Lunatic asylums Punjab 1881-1894 - 1881-1894
Year: 1881
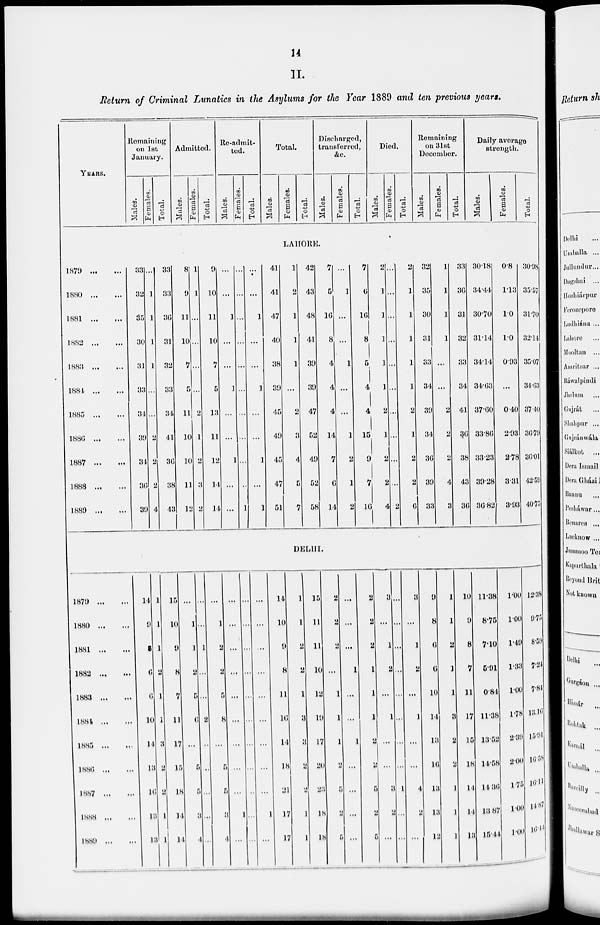
14
II.
Return of Criminal Lunatics in the Asylums for the Year 1889 and ten previous years.
YEARS.
Remaining
on 1st
January.
Males.
Females.
Total.
Admitted.
Males.
Females.
Total.
Re-admit-
ted.
Males.
Females.
Total.
Total.
Males.
Females.
Total.
Discharged,
transferred,
&c.
Males.
Females.
Total.
Died.
Males.
Females.
Total.
Remaining
on 31st
December.
Males.
Females.
Total.
Daily average
strength.
Males.
Females.
Total.
LAHORE.
1879
...
...
1880
...
...
1881... ...
1882
...
...
1883
...
...
1884...
...
1885...
...
1886
...
...
1887
...
...
1888
...
...
1889
...
...
33
32
35
30
31
33
34
39
34
36
39
...
1
1
1
1
...
...
2
2
2
4
33
33
36
31
32
33
34
44
36
38
43
8
9
11
10
7
5
11
10
10
11
12
1
1
...
...
...
...
2
1
2
3
2
9
10
11
10
7
5
13
11
12
14
14
...
...
1
...
...
1
...
...
1
...
...
...
...
...
...
...
...
...
...
...
...
1
...
...
1
...
...
1
...
...
1
...
1
41
41
47
40
38
39
45
49
45
47
51
l
2
1
1
1
...
2
3
4
5
7
42
43
48
41
39
39
47
52
49
52
58
7
5
16
8
4
4
4
14
7
6
14
...
1
...
...
1
...
...
1
2
1
2
7
6
16
8
5
4
4
15
9
7
16
2
1
1
1
1
1
2
1
2
2
4
...
...
...
...
...
...
...
...
...
...
2
2
1
1
1
1
1
2
1
2
2
6
32
35
30
31
33
34
39
34
36
39
33
1
1
1
1
...
...
2
2
2
4
3
33
36
31
32
33
34
41
36
38
43
36
30.18
34.44
30.70
31.14
34.14
34.63
37.60
33.86
33.23
39.28
36.82
0.8
1.13
1.0
1.0
0.93
...
0.40
2.93
2.78
3.31
3.93
30.98
35.57
31.70
32.14
35.07
34.63
37.40
36.79
36.01
42.59
40.75
DELHI.
1879
...
...
1880
...
...
1881
...
...
1882
...
...
1883
...
...
1884
...
...
1885
...
...
1886
...
...
1887
...
...
1888
...
...
1889
...
...
14
9
8
6
6
10
14
13
16
13
13
1
1
1
2
1
1
3
2
2
1
1
15
10
9
8
7
11
17
15
18
14
14
...
1
1
2
5
6
...
5
5
3
4
...
..
1
...
...
2
...
...
...
...
...
...
1
2
2
5
8
...
5
5
3
4
...
...
...
...
...
...
...
...
...
1
...
...
...
...
...
...
...
...
...
...
...
...
...
...
...
...
...
...
...
...
...
1
...
14
10
9
8
1l
16
14
18
21
17
17
1
1
2
2
1
3
3
2
2
1
1
15
11
11
10
12
10
17
20
23
18
18
2
2
2
...
1
1
1
2
5
2
5
...
...
...
1
...
...
1
...
...
...
...
2
2
2
1
1
1
2
2
5
2
5
3
...
1
2
...
...
...
...
3
2
...
...
...
...
...
...
1
...
...
1
...
...
3
...
1
2
..
1
...
...
4
2
. ...
0
8
0
0
10
14
13
16
13
13
12
1
1
2
1
1
3
2
2
1
1
1
10
0
8
7
11
17
15
18
14
14
13
11.38
8.5
7.10
5.91
0.84
11.38
1352
14.58
14.36
13 87
15.44
1.00
1.00
1.49
1.33
1.00
l.78
2.39
200
1.75
1.00
1.00
12.38
9.75
8.59
7.24
7.84
13.16
15.91
16.58
16.11
14.87
16.11